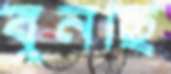
বুনছি